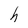
Character: h